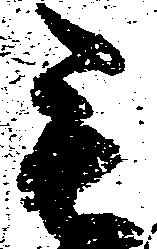
毛